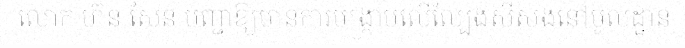
លោក ហ៊ុន សែន បញ្ជាឱ្យមានការបង្ក្រាបលើល្បែងស៊ីសងនៅមូលដ្ឋាន